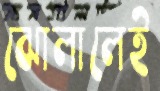
ঝোলালেই